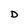
Character: D